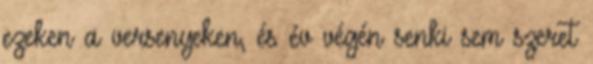
ezeken a versenyeken, és év végén senki sem szeret